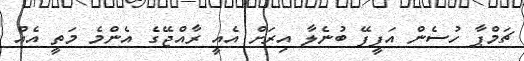
ޗަމްޕާ ހުސެން އަފީފޭ ބުނެލާ އިރަށް އެއީ ރާއްޖޭގެ އެންމެ މަތީ އެއް